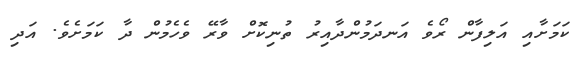
ކަމަށާއި އަލިފާން ރޯވެ އަނދަމުންދާއިރު ތުނިކޮށް ވާރޭ ވެހެމުން ދާ ކަމަށެވެ. އަދި